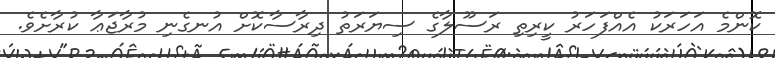
ކޮންމެ އަހަރަކު އެއްފަހަރު ކީރިތި ރަސޫލާގެ ސިޔަރަތު ދިރާސާކޮށް އުނގެނި މުރާޖަޢާ ކުރާށެވެ.